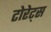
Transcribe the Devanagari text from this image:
टोरेट्स